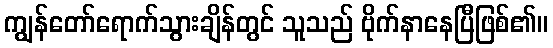
ကျွန်တော်ရောက်သွားချိန်တွင် သူသည် ဗိုက်နာနေပြီဖြစ်၏။